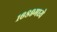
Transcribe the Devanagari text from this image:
१६८९मध्ये